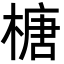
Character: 榶